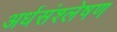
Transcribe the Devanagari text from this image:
अर्धसंश्लेषण